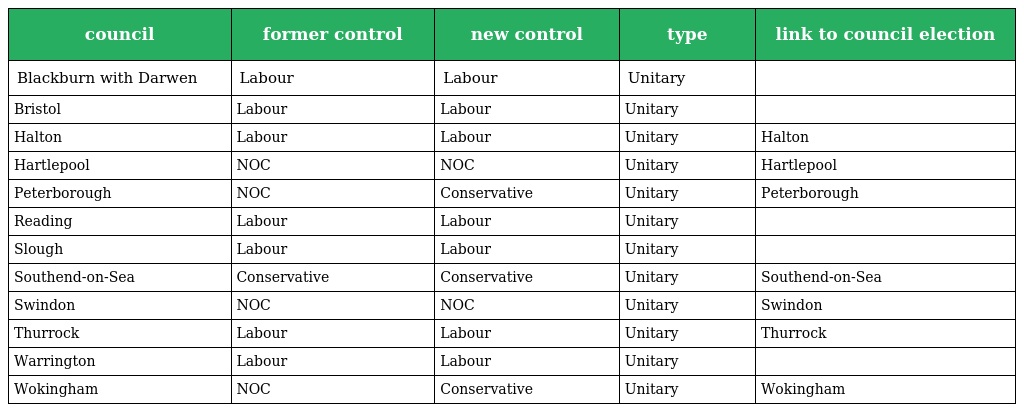
| council | former control | new control | type | link to council election |
 | --- | --- | --- | --- | --- |
 | Blackburn with Darwen | Labour | Labour | Unitary |  |
 | Bristol | Labour | Labour | Unitary |  |
 | Halton | Labour | Labour | Unitary | Halton |
 | Hartlepool | NOC | NOC | Unitary | Hartlepool |
 | Peterborough | NOC | Conservative | Unitary | Peterborough |
 | Reading | Labour | Labour | Unitary |  |
 | Slough | Labour | Labour | Unitary |  |
 | Southend-on-Sea | Conservative | Conservative | Unitary | Southend-on-Sea |
 | Swindon | NOC | NOC | Unitary | Swindon |
 | Thurrock | Labour | Labour | Unitary | Thurrock |
 | Warrington | Labour | Labour | Unitary |  |
 | Wokingham | NOC | Conservative | Unitary | Wokingham |